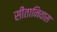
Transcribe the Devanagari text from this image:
सीतानिवास